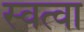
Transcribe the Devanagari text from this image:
स्वत्वा